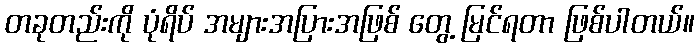
တခုတည်းကို ပုံရိပ် အများအပြားအဖြစ် တွေ့ မြင်ရတာ ဖြစ်ပါတယ်။